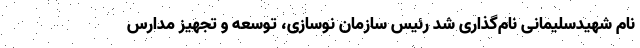
نام شهید‌سلیمانی نام‌گذاری شد رئیس سازمان نوسازی، توسعه و تجهیز مدارس